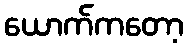
ယောက်ကတော့